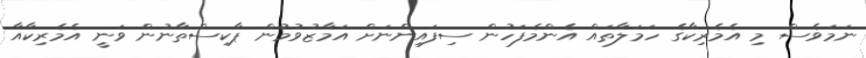
ނަމަވެސް މި އެމެރިކާގެ ހަމަލާތައް އެންމެފަހުން ސިފައިންނަށް އަމާޒުވުމުން ޕާކިސްތާނުން ވަނީ އެމެރިކާއާ